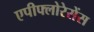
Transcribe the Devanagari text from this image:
एपीफ्लोरेसेंस